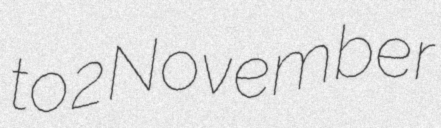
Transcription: to 2 November